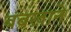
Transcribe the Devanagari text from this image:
बंबखाने